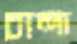
চান্দা